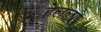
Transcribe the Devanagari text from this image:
हेलला